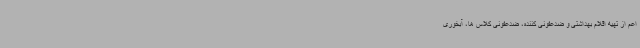
اعم از تهیه اقلام بهداشتی و ضدعفونی کننده، ضدعفونی کلاس ها، آبخوری